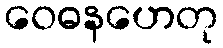
ဝေဓနဟေတု